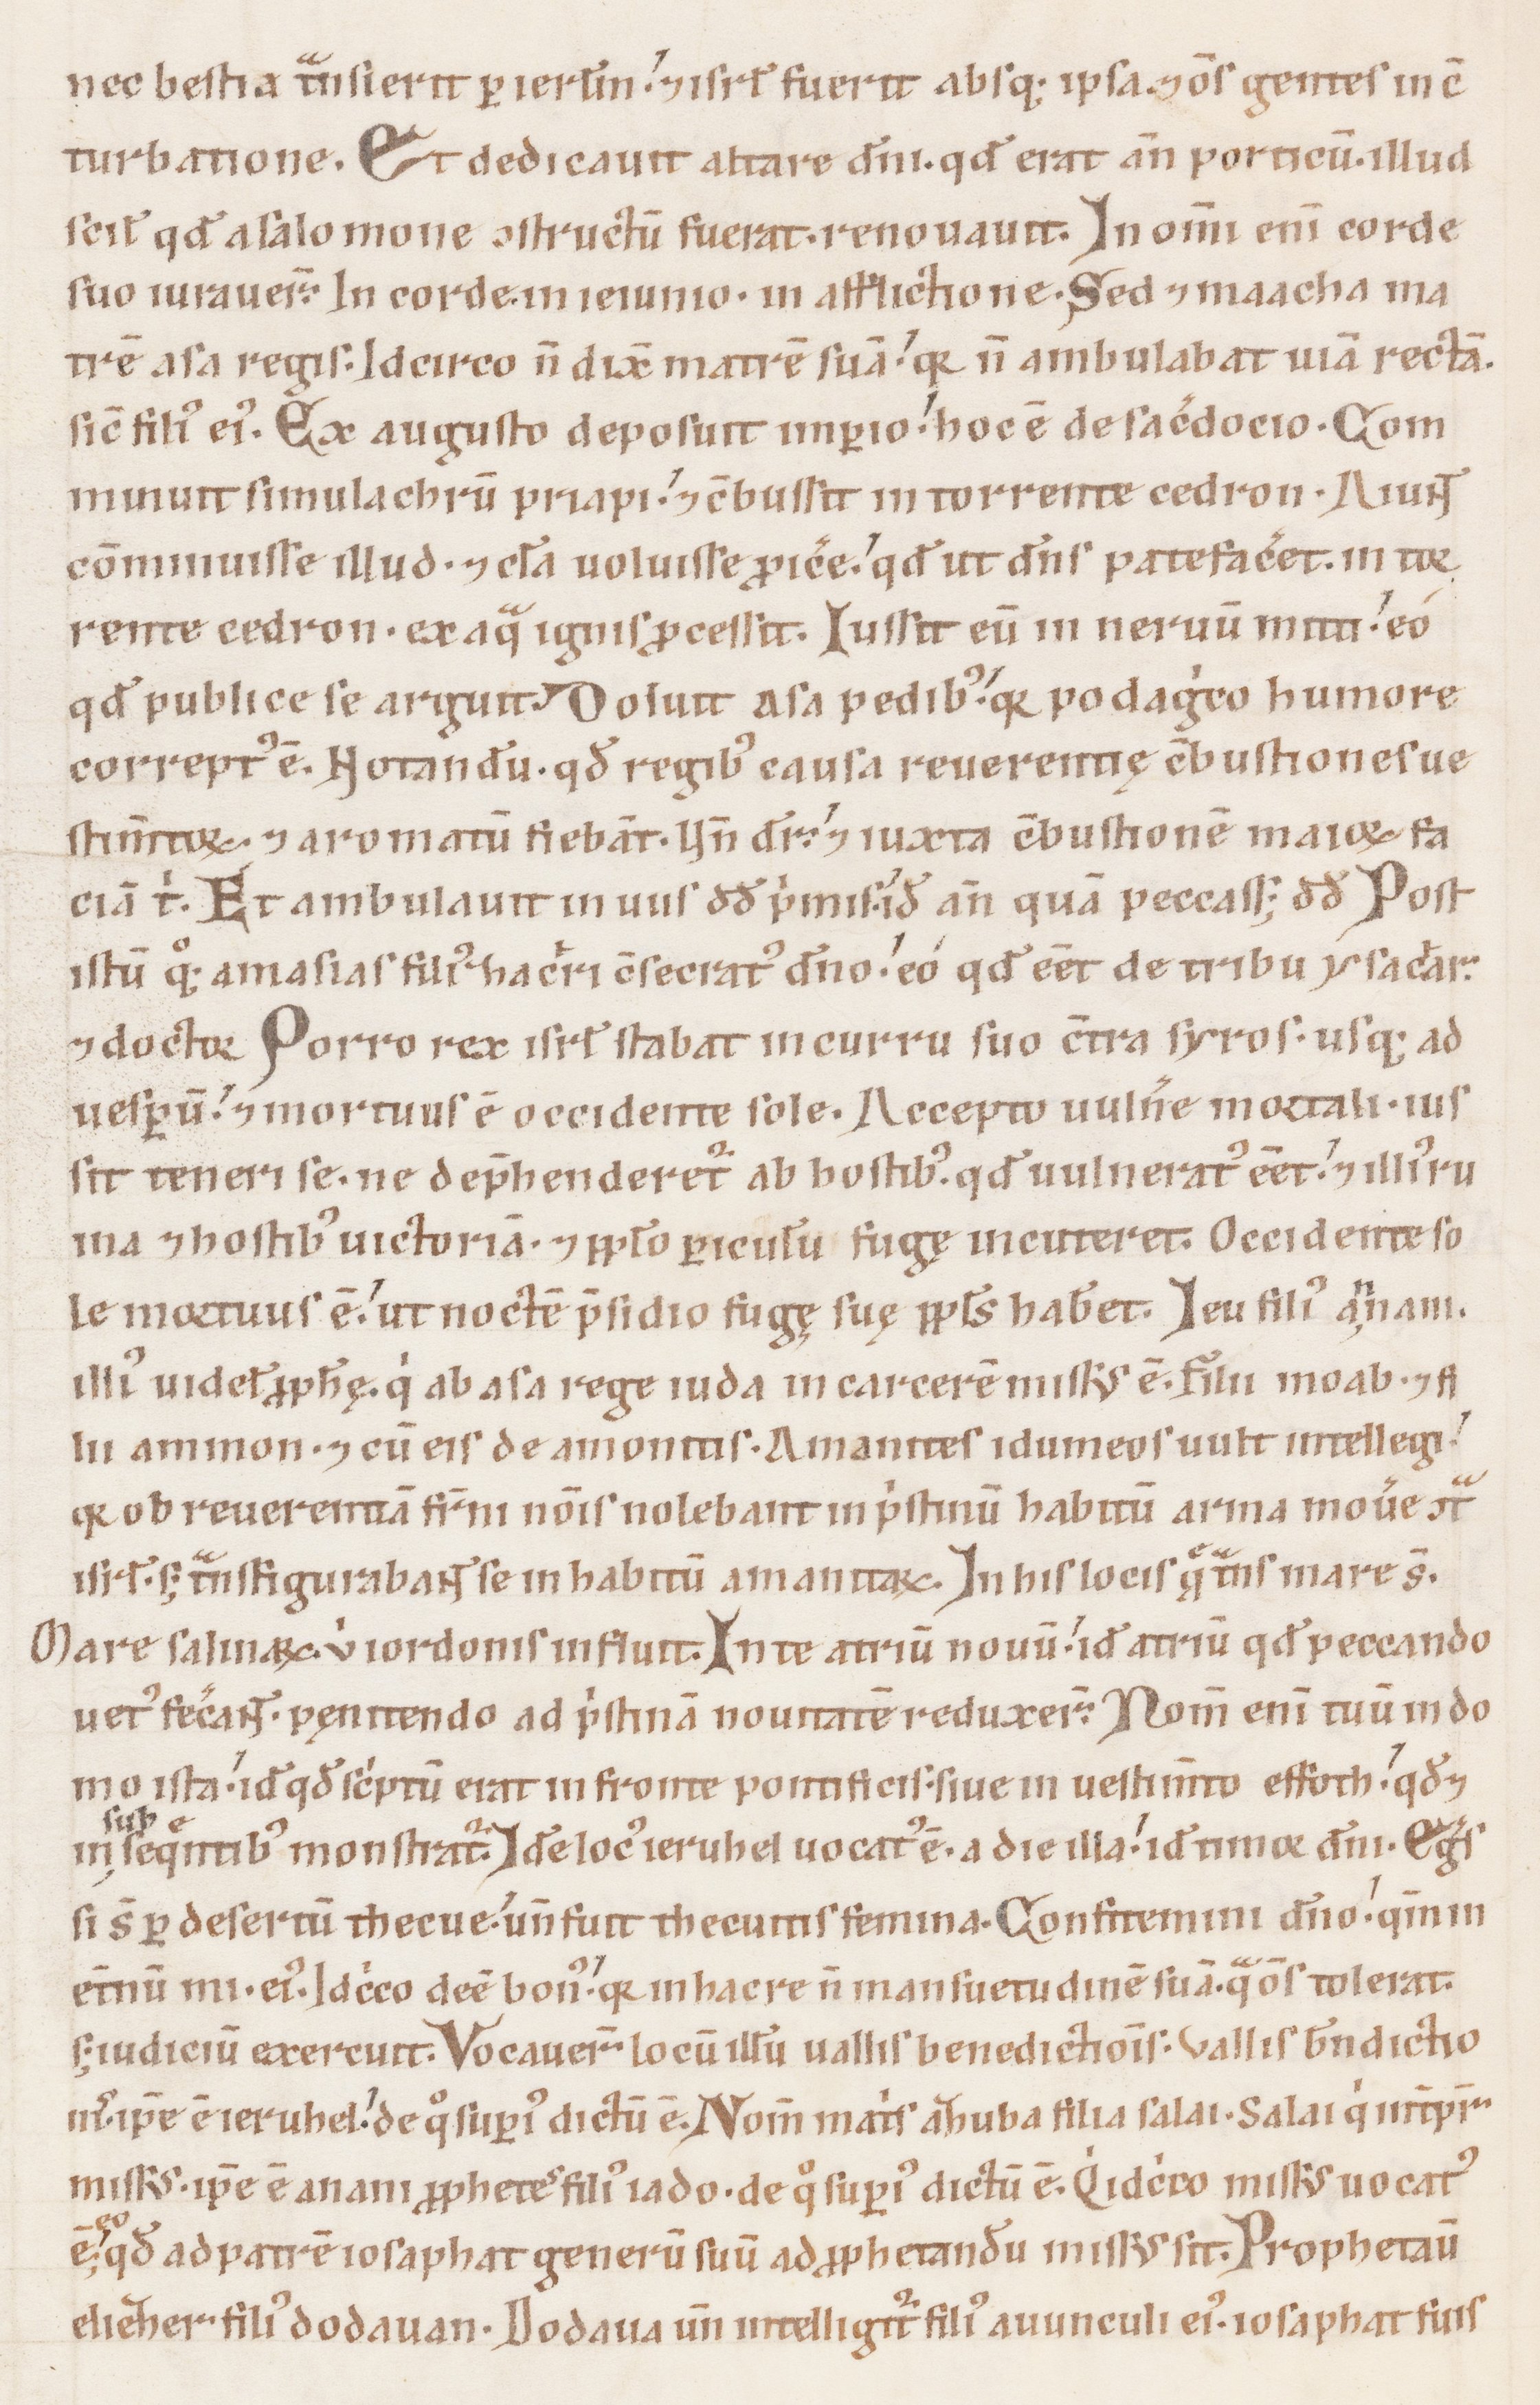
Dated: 1100–1199